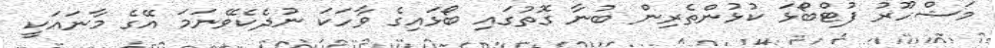
މަޝްހޫރު ފުޓްބޯޅަ ކުޅުންތެރިން ބުނާ ގޮތުގައި ބޯޅައިގެ ވާހަކަ ނުދެކެވޭނަމަ އޭގެ މާނައަކީ